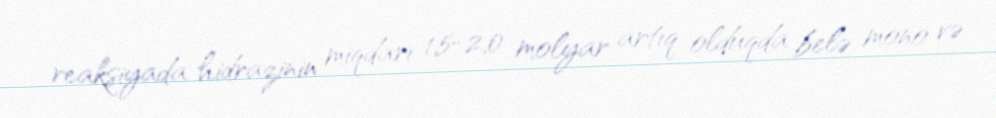
reaksiyada hidrazinin miqdarı 1,5-2,0 molyar artıq olduqda belə mono və